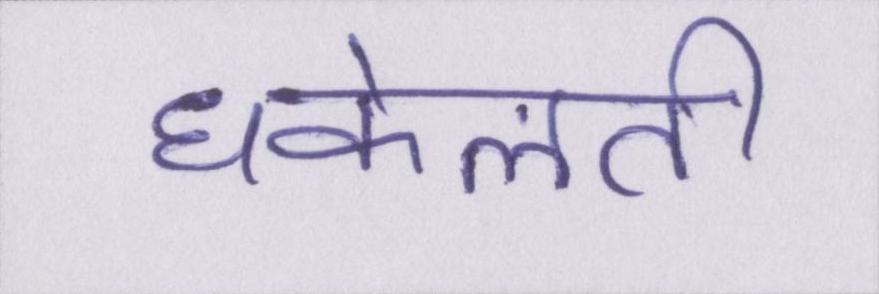
धकेलती